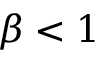
\beta < 1